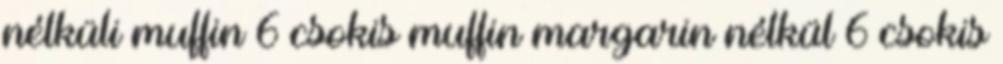
nélküli muffin 6 csokis muffin margarin nélkül 6 csokis